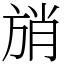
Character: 𰕩